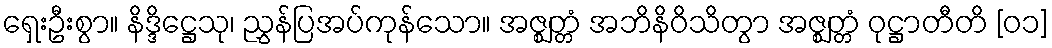
ရှေးဦးစွာ။ နိဒ္ဒိဋ္ဌေသု၊ ညွှန်ပြအပ်ကုန်သော။ အဇ္ဈတ္တံ အဘိနိဝိသိတွာ အဇ္ဈတ္တံ ဝုဋ္ဌာတီတိ [၀၁]